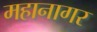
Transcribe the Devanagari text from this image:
महानागर